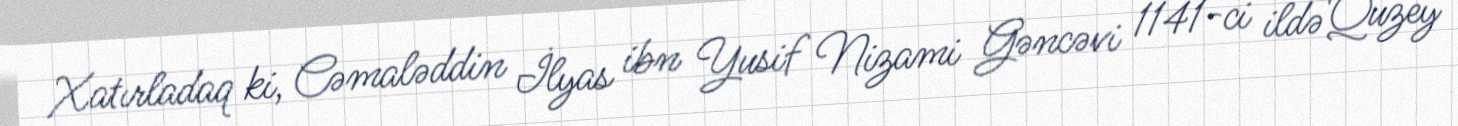
Xatırladaq ki, Cəmaləddin İlyas ibn Yusif Nizami Gəncəvi 1141-ci ildə Quzey